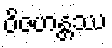
ဝိဇဟန္တဿ